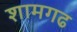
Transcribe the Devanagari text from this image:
शामगढ